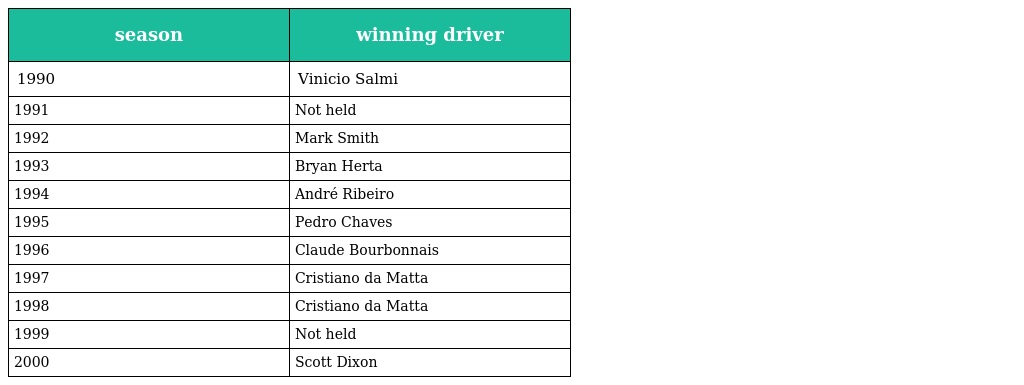
| season | winning driver |
 | --- | --- |
 | 1990 | Vinicio Salmi |
 | 1991 | Not held |
 | 1992 | Mark Smith |
 | 1993 | Bryan Herta |
 | 1994 | André Ribeiro |
 | 1995 | Pedro Chaves |
 | 1996 | Claude Bourbonnais |
 | 1997 | Cristiano da Matta |
 | 1998 | Cristiano da Matta |
 | 1999 | Not held |
 | 2000 | Scott Dixon |